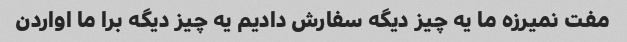
مفت نمیرزه ما یه چیز دیگه سفارش دادیم یه چیز دیگه برا ما اواردن